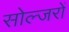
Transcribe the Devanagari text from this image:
सोल्जरों